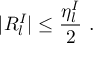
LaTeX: | R _ { l } ^ { I } | \leq \frac { \eta _ { l } ^ { I } } { 2 } \ .